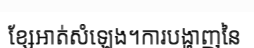
ខ្សែអាត់សំឡេង។ការបង្ហាញនៃ